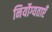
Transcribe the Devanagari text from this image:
निर्योग्यताएँ